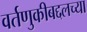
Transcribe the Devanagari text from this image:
वर्तणुकीबद्दलच्या